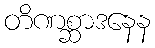
တိဏစ္ဆာဒနေန